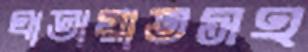
যাতায়াতসহ